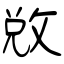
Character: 敓